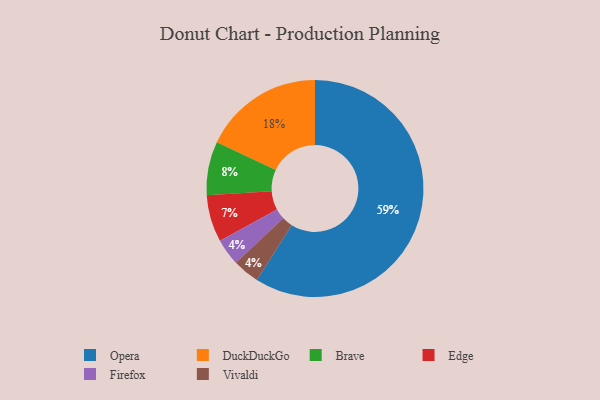
{"axis": {"x": "Category", "y": "Percentage"}, "legend": ["Brave", "DuckDuckGo", "Edge", "Firefox", "Opera", "Vivaldi"], "data": [{"x": "Edge", "y": 7, "type": "Edge"}, {"x": "Firefox", "y": 4, "type": "Firefox"}, {"x": "Vivaldi", "y": 4, "type": "Vivaldi"}, {"x": "Brave", "y": 8, "type": "Brave"}, {"x": "Opera", "y": 59, "type": "Opera"}, {"x": "DuckDuckGo", "y": 18, "type": "DuckDuckGo"}]}